画像に写った文字を読んでください
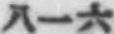
「八一六」と書いてあります